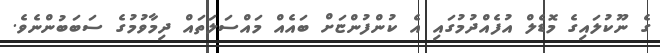
ގެ ނޫކުލައިގެ މޮޑެލް އުފެއްދުމުގައި އެ ކުންފުންޏަށް ބައެއް މައްސަލަތައް ދިމާވުމުގެ ސަބަބުންނެވެ.